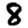
Digit: 8